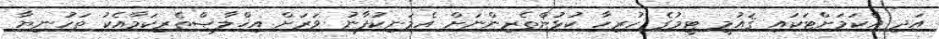
އަދި އެކަމަށްޓަކައި ޤައުމީ ޓީމުގެ ހުރިހާ ކުޅުންތެރިންނަށް އެމަނިކުފާނު ވަރަށް އިޚްލާޞްތެރިކަމާއެކު ތަހުނިޔާ